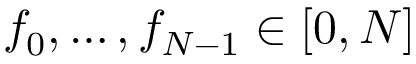
f _ { 0 } , \ldots , f _ { N - 1 } \in [ 0 , N ]